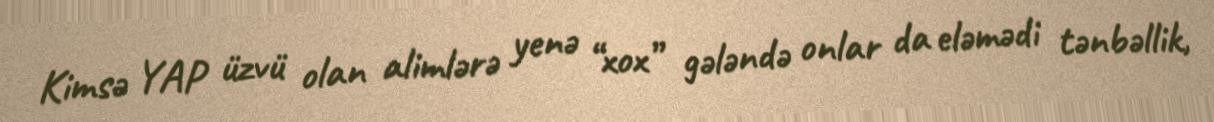
Kimsə YAP üzvü olan alimlərə yenə “xox” gələndə onlar da eləmədi tənbəllik,